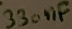
Text: 330nF